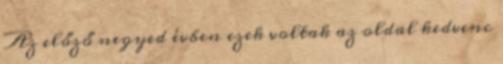
Az előző negyed évben ezek voltak az oldal kedvenc